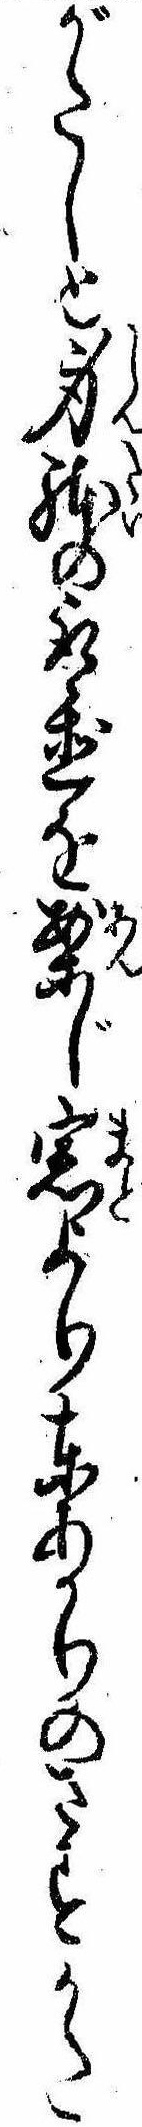
がたしと身体の取置を案じ窓より東あかりのさすかた